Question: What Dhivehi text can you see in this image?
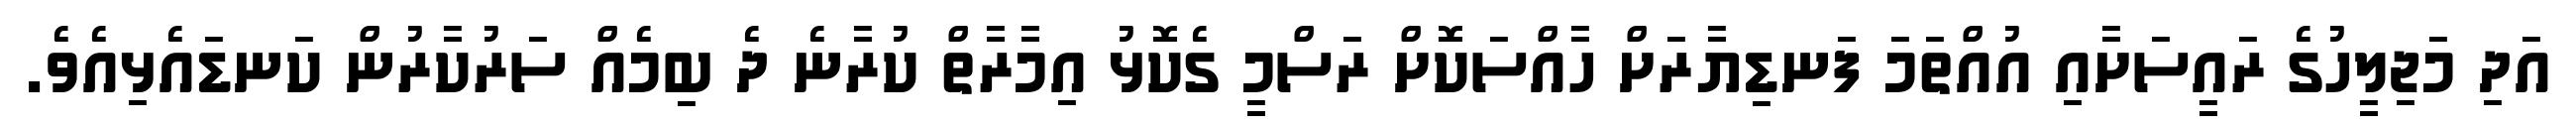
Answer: އަދި މަޖިލީހުގެ ރައީސަށާއި އުއްތަމަ ފަނޑިޔާރަށް ހާއްސަކޮށް ރަސްމީ ގެކޮޅު އިމާރާތް ކުރާނެ ދެ ބިމެއް ސަރުކާރުން ކަނޑައެޅިއެވެ.